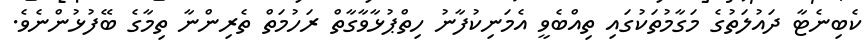
ކެބިނެޓާ ދައުލަތުގެ މަގާމުތަކުގައި ތިއްބެވީ އެމަނިކުފާނު ހިތްޕުޅާވާގާތް ރަހުމަތް ތެރިންނާ ތިމާގެ ބޭފުޅުންނެވެ.